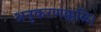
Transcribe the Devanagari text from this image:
अनुकरणक्कळि।